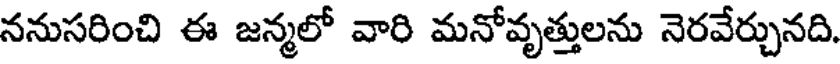
ననుసరించి ఈ జన్మలో వారి మనోవృత్తులను నెరవేర్చునది.